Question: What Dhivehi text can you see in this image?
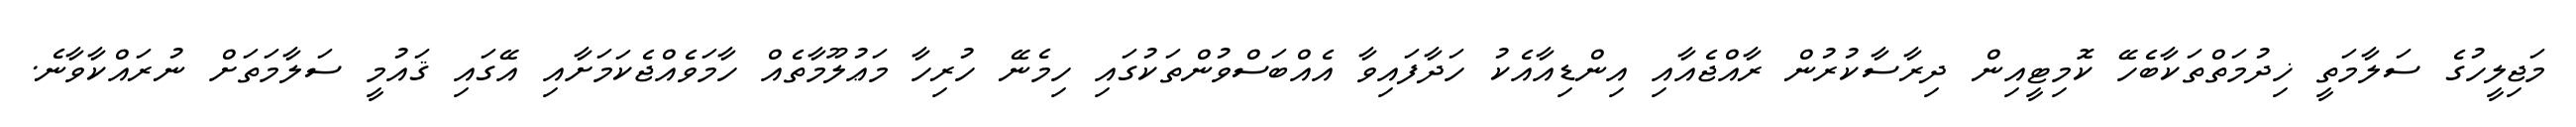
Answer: މަޖިލީހުގެ ސަލާމަތީ ޚިދުމަތްތަކާބެހޭ ކޮމިޓީއިން ދިރާސާކުރުން ރާއްޖެއާއި އިންޑިއާއެކު ހަދާފައިވާ އެއްބަސްވުންތަކުގައި ހިމެނޭ ހުރިހާ މަޢުލޫމާތެއް ހާމަވެއްޖެކަމަށާއި އޭގައި ޤައުމީ ސަލާމަތަށް ނުރައްކާވާނެ.